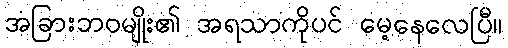
အခြားဘဝမျိုး၏ အရသာကိုပင် မေ့နေလေပြီ။